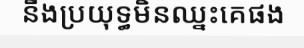
នឹងប្រយុទ្ធមិនឈ្នះគេផង